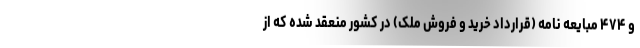
و ۴۷۴ مبایعه نامه (قرارداد خرید و فروش ملک) در کشور منعقد شده که از